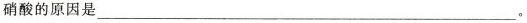
硝酸的原因是___。